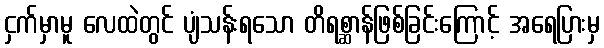
ငှက်မှာမူ လေထဲတွင် ပျံသန်းရသော တိရစ္ဆာန်ဖြစ်ခြင်းကြောင့် အရေပြားမှ